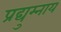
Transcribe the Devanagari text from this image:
प्रद्युम्नाय